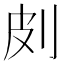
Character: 㓟